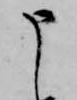
申